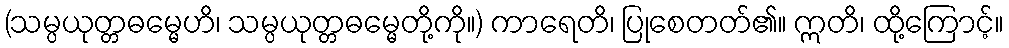
(သမ္ပယုတ္တဓမ္မေဟိ၊ သမ္ပယုတ္တဓမ္မေတို့ကို။) ကာရေတိ၊ ပြုစေတတ်၏။ ဣတိ၊ ထို့ကြောင့်။